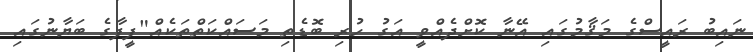
ނައިބު ރައީސްގެ މަޤާމުގައި އޭނާ ކޮށްދެއްވީ އަގު ހުރި ބޮޑެތި މަސައްކަތްތަކެއް"ފީފާގެ ބަޔާނުގައި